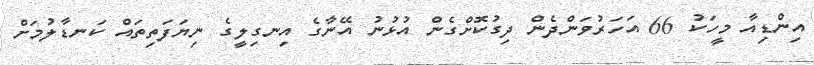
އިންޑިއާ މީހަކު 66 އަހަރުވަންދެން ދިގުކޮށްގެން އުޅުނު އޭނާގެ އިނގިލީގެ ނިޔަފަތިތައް ކަނޑާލުމަށް